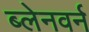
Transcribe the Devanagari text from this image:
ब्लेनवर्न